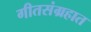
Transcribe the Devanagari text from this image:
गीतसंग्रहात